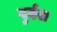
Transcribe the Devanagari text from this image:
दुर्दश